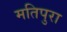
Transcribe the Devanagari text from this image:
मतिपुरा